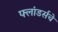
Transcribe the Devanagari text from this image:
फ्लांडर्सचे